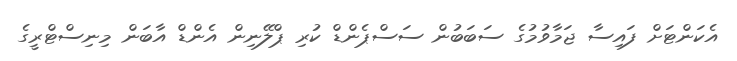
އެކަންޓަށް ފައިސާ ޖަމާވުމުގެ ސަބަބުން ސަސްޕެންޑް ކުރި ޕްލޭނިން އެންޑް އާބަން މިނިސްޓްރީގެ